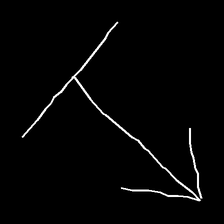
Glyph: levitation